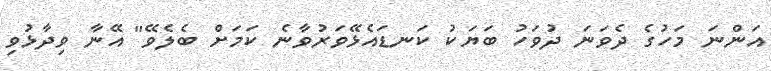
އަންނަ މަހުގެ ދެވަނަ ދުވަހު ބަޔަކު ކަނޑައެޅޭވަރުވާނެ ކަމަށް ބެލެވޭ" އޭނާ ވިދާޅުވި